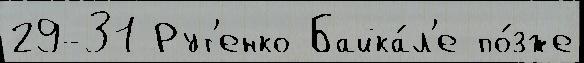
29-31 Рут'енко Байка́л'е по́зже